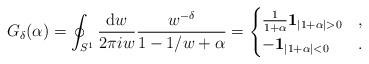
LaTeX: \begin{align*}G_\delta(\alpha) = \oint_{S^1} \frac{ \mathrm{d}w}{ 2 \pi i w} \frac{w^{-\delta}}{1 - 1/w + \alpha} = \begin{cases}\frac{1}{1+\alpha} \mathbf{1}_{ |1+\alpha|>0 } &,\\- \mathbf{1}_{|1+\alpha| < 0 } &.\end{cases}\end{align*}